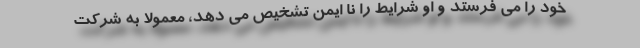
خود را می فرستد و او شرایط را نا ایمن تشخیص می دهد، معمولا به شرکت